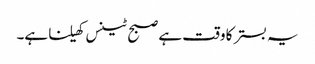
یہ بستر کا وقت ہے صبح ٹینس کھیلنا ہے۔